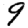
Digit: 9